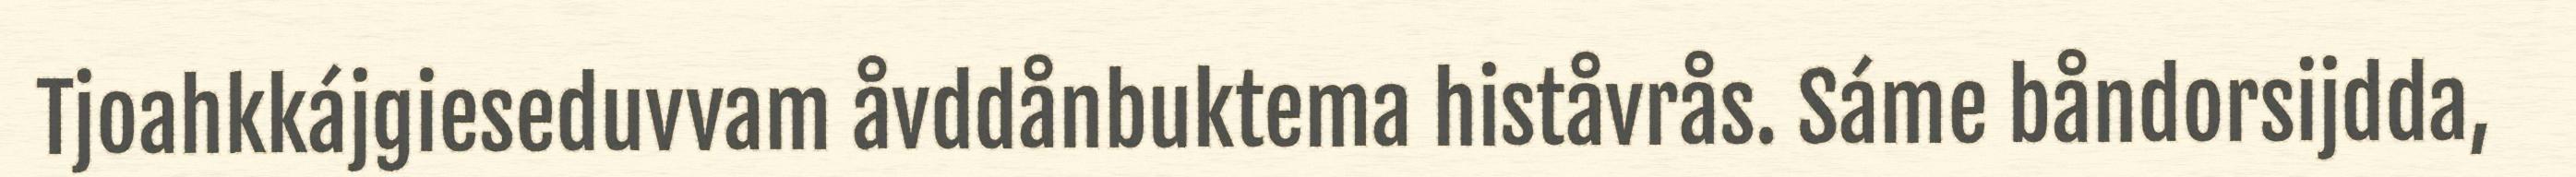
Tjoahkkájgieseduvvam åvddånbuktema histåvrås. Sáme båndorsijdda,